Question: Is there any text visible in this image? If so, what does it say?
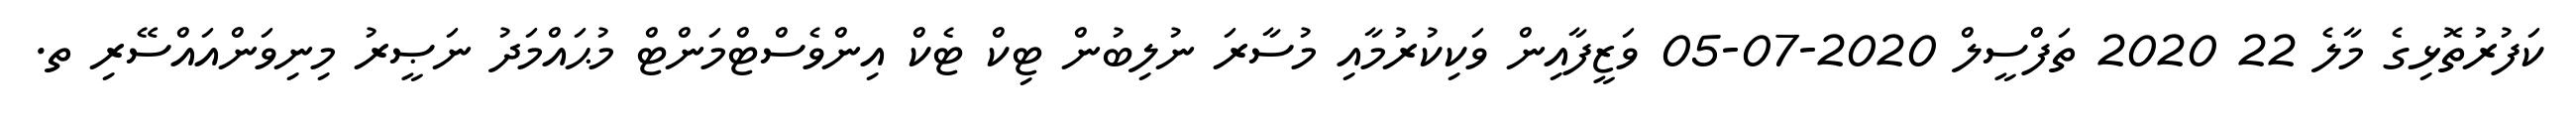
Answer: ކަފުރުތޮޅިގެ މާލެ 22 2020 ތަފްސީލް 2020-07-05 ވަޒީފާއިން ވަކިކުރުމާއި މުސާރަ ނުލިބުން ޓިކް ޓެކް އިންވެސްޓްމަންޓް މުޙައްމަދު ނަޞީރު މިނިވަންއައްސޭރި ތ.